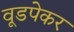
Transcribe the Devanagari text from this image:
वूडपेकर